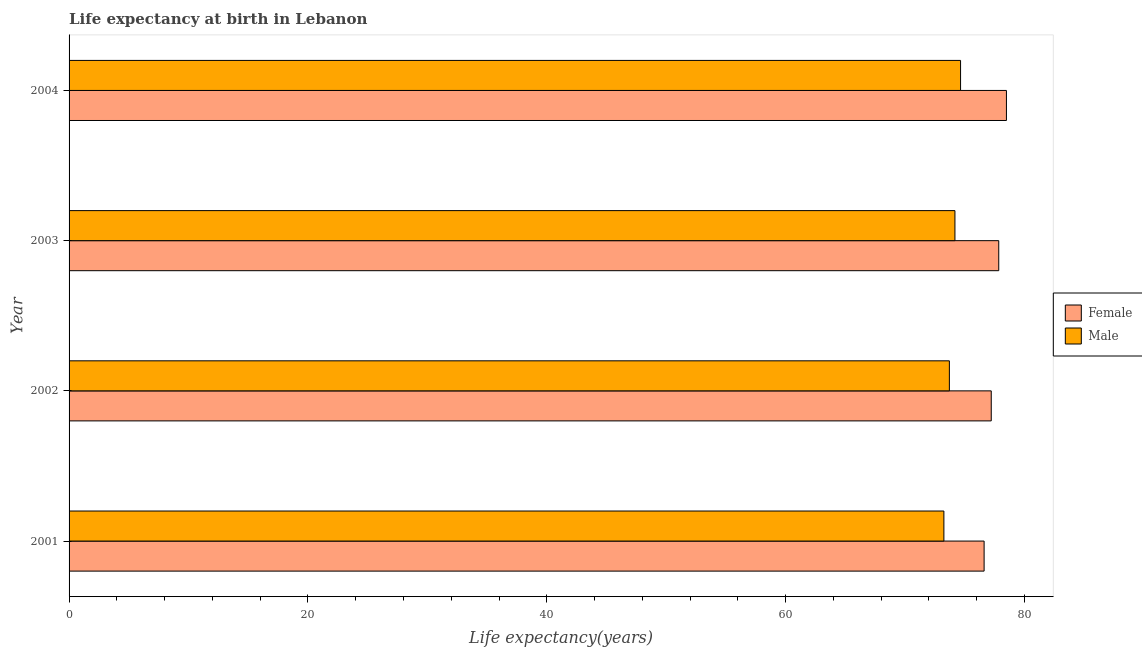
| Year | Female | Male |
 | --- | --- | --- |
 | 2001 | 76.6 | 73.3 |
 | 2002 | 77.2 | 73.7 |
 | 2003 | 77.8 | 74.2 |
 | 2004 | 78.5 | 74.6 |